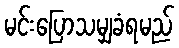
မင်းပြောသမျှခံရမည်